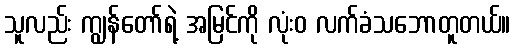
သူလည်း ကျွန်တော်ရဲ့ အမြင်ကို လုံးဝ လက်ခံသဘောတူတယ်။